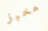
مخبز